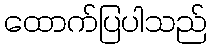
ထောက်ပြပါသည်